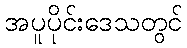
အပူပိုင်းဒေသတွင်